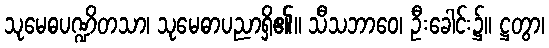
သုမေဓပဏ္ဍိတသာ၊ သုမေဓာပညာရှိ၏။ သီသဘာဝေ၊ ဦးခေါင်း၌။ ဋ္ဌတွာ၊